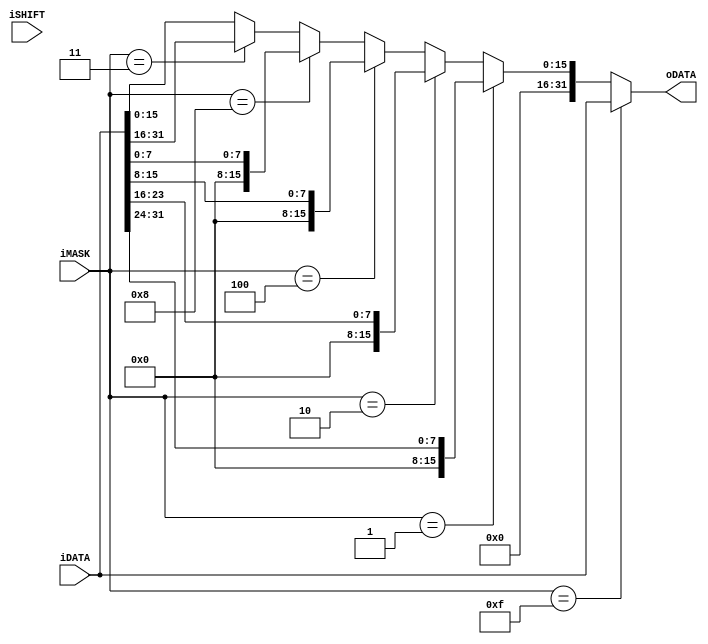
module execute_load_data(
		input wire [3:0] iMASK,
		input wire [1:0] iSHIFT,
		input wire [31:0] iDATA,
		output wire [31:0] oDATA
	);

	assign oDATA = func_load_fairing(
		iMASK,
		iSHIFT,
		iDATA
	);


	function [31:0] func_load_fairing;	
		input [3:0] func_mask;
		input [1:0] func_shift;
		input [31:0] func_data;
		reg [7:0] func_tmp0, func_tmp1, func_tmp2, func_tmp3;
		begin
			if(func_mask == 4'hf)begin
				func_load_fairing = func_data;
			end
			else if(func_mask == 4'b0001)begin
				func_load_fairing = {24'h0, func_data[31:24]};
			end
			else if(func_mask == 4'b0010)begin
				func_load_fairing = {24'h0, func_data[23:16]};
			end
			else if(func_mask == 4'b0100)begin
				func_load_fairing = {24'h0, func_data[15:8]};
			end
			else if(func_mask == 4'b1000)begin
				func_load_fairing = {24'h0, func_data[7:0]};
			end
			else if(func_mask == 4'b0011)begin
				func_load_fairing = {24'h0, func_data[31:16]};
			end
			else begin
			//else if(func_mask == 4'b1100)begin
				func_load_fairing = {24'h0, func_data[15:0]};
			end
		end
	endfunction
	


endmodule